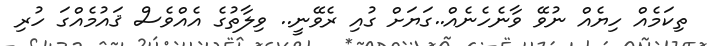
ތިކަމެއް ހިޔެއް ނުވޭ ވާނެހެނެއް..ގަޔަށް ގުއި ރެވޭނީ.. ވިލާތުގެ އެއްވެސް ޤައުމެއްގަ ހުރި